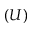
( U )